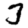
Digit: 3